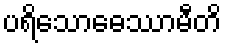
ပရိသောဓေဿာမီတိ